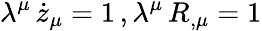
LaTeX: \lambda^{\mu}\, \dot{z}_{\mu}=1\, ,\lambda^{\mu}\, R_{,\mu}=1